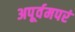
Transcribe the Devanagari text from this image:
अपूर्वमपरं